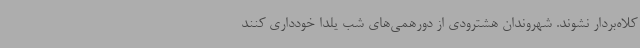
کلاه‌بردار نشوند. شهروندان هشترودی از دورهمی‌های شب یلدا خودداری کنند